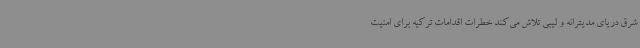
شرق دریای مدیترانه و لیبی تلاش می‌کند خطرات اقدامات ترکیه برای امنیت